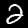
Digit: 2